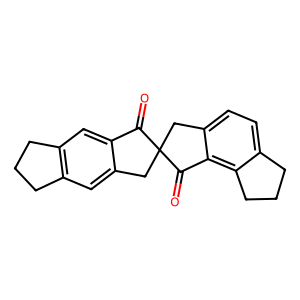
SMILES: O=C1c2cc3c(cc2CC12Cc1ccc4c(c1C2=O)CCC4)CCC3
Inhibits HIV replication: No